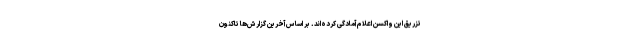
تزریق این واکسن اعلام آمادگی کرده‌اند. بر اساس آخرین گزارش‌ها تاکنون